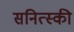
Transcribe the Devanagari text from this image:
सनित्स्की